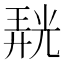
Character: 𭚙